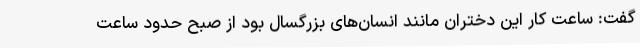
گفت: ساعت کار این دختران مانند انسان‌های بزرگسال بود از صبح حدود ساعت